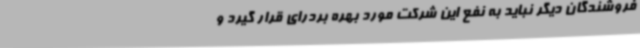
فروشندگان دیگر نباید به نفع این شرکت مورد بهره بردرای قرار گیرد و